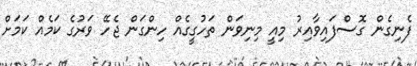
ފެނިގެން ގޮސްފައިވާއިރު މިއީ މިނިވަން ތަހުގީގެއް ހިންގަން ޖެހޭ ވަރުގެ ކަމެއް ކަމަށް